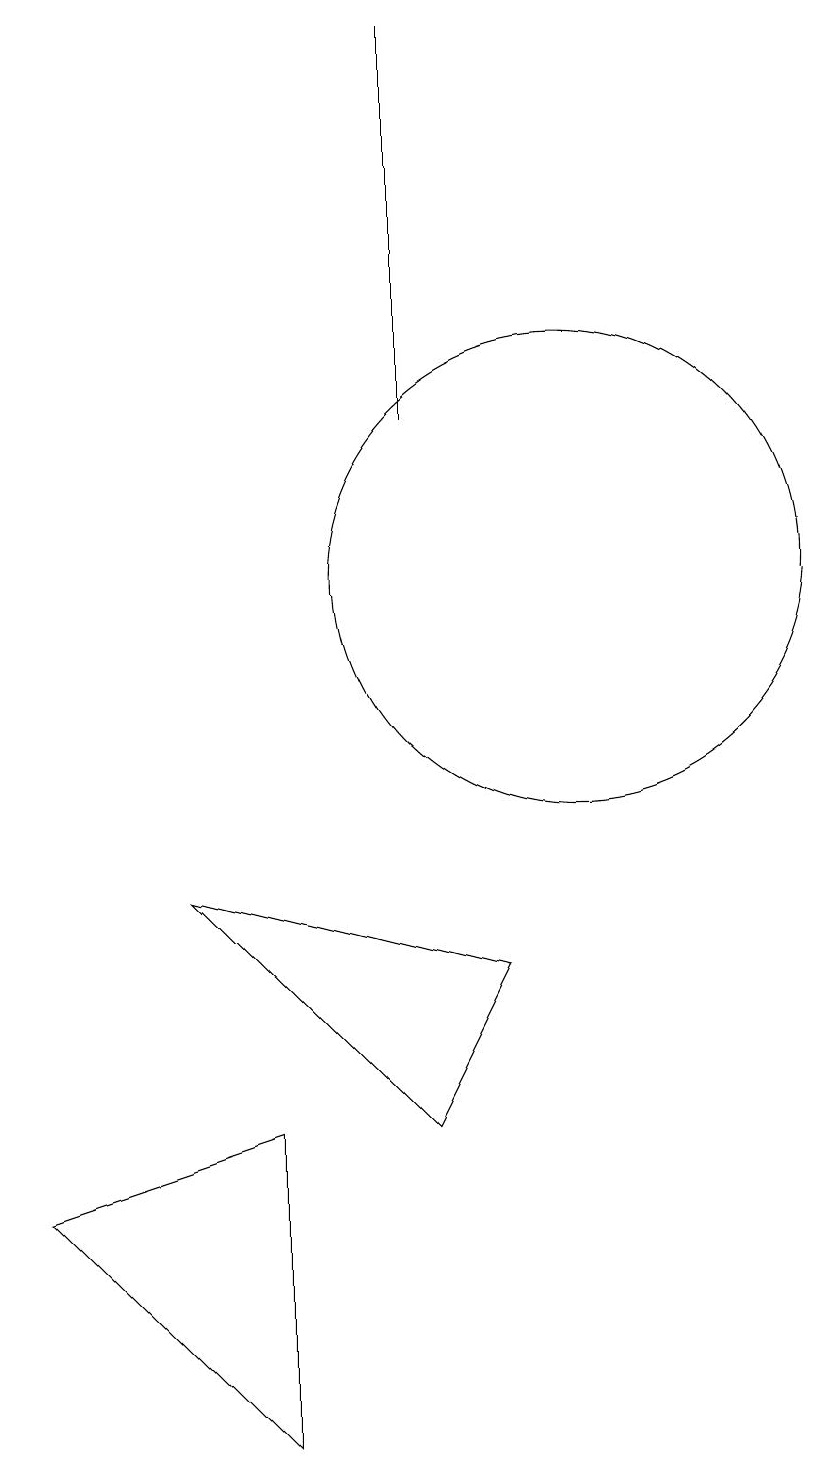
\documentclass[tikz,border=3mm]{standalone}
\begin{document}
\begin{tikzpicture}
\draw (9,7) -- (5,8) -- (8,5) -- cycle;
\draw (6,5) -- (3,4) -- (6,1) -- cycle;
\draw (8,19) rectangle (8,14);
\draw (10,12) circle (3);
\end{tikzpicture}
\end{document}